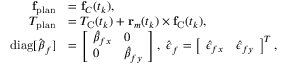
\begin{array} { r l } { { \bf f } _ { \mathrm { p l a n } } } & { = { \bf f } _ { C } ( t _ { k } ) , } \\ { T _ { \mathrm { p l a n } } } & { = T _ { \mathrm { C } } ( t _ { k } ) + { \bf r } _ { m } ( t _ { k } ) \times { \bf f } _ { \mathrm { C } } ( t _ { k } ) , } \\ { \mathrm { d i a g } [ \hat { \boldsymbol \beta } _ { f } ] } & { = \left[ \begin{array} { l l } { \hat { \beta } _ { f x } } & { 0 } \\ { 0 } & { \hat { \beta } _ { f y } } \end{array} \right] , ~ \hat { \boldsymbol \epsilon } _ { f } = \left[ \begin{array} { l l } { \hat { \epsilon } _ { f x } } & { \hat { \epsilon } _ { f y } } \end{array} \right] ^ { T } , } \end{array}